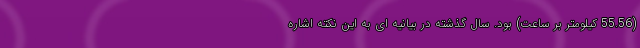
(55.56 کیلومتر بر ساعت) بود. سال گذشته در بیانیه ای به این نکته اشاره